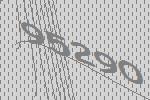
95290